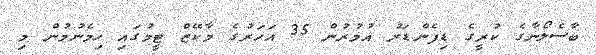
ބާސެލޯނާގެ ކުރީގެ ޑިފެންޑަރު އުމުރުން 35 އަހަރުގެ މާކޭޒް ޓީމުގައި ހިމެނުމުން މި